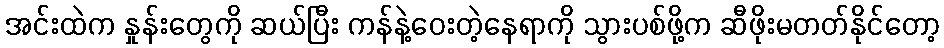
အင်းထဲက နှုန်းတွေကို ဆယ်ပြီး ကန်နဲ့ဝေးတဲ့နေရာကို သွားပစ်ဖို့က ဆီဖိုးမတတ်နိုင်တော့